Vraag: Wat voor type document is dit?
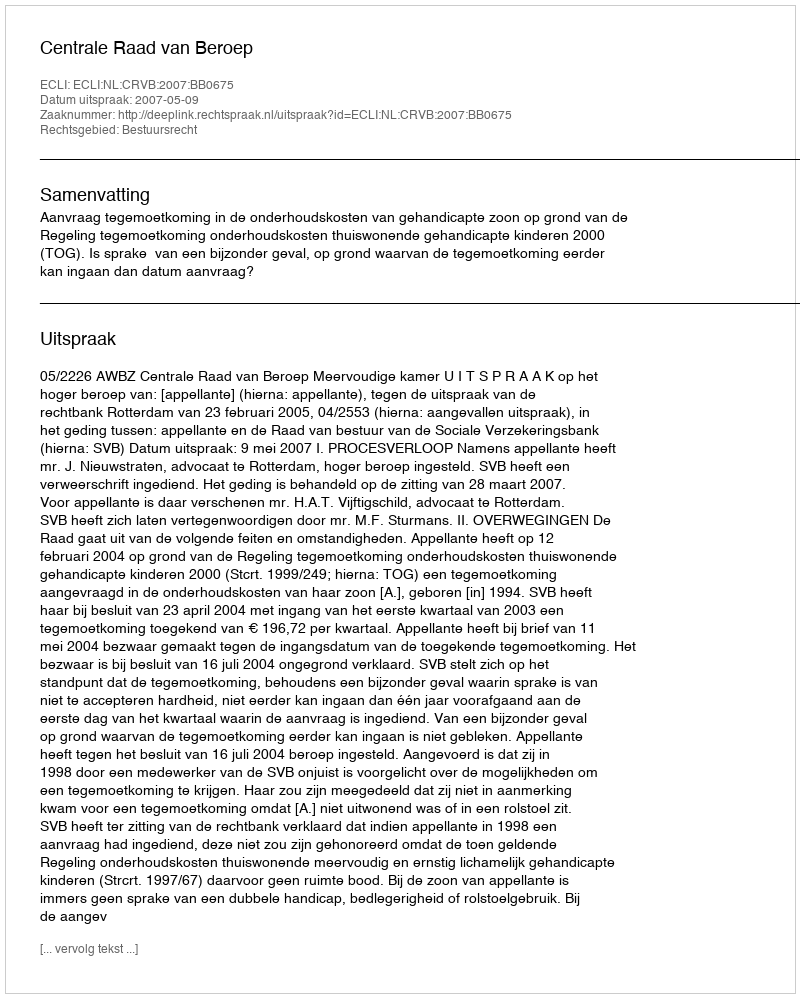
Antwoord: Uitspraak